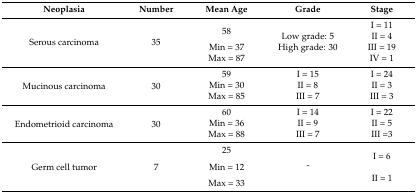
| Neoplasia | Number | Mean Age | Grade | Stage |
 | --- | --- | --- | --- | --- |
 | <ROWSPAN=4> Serous carcinoma | <ROWSPAN=4> 35 | <ROWSPAN=2> 58 | <ROWSPAN=4> Low grade: 5 High grade: 30 | I = 11 |
 | II = 4 |
 | Min = 37 | III = 19 |
 | Max = 87 | IV = 1 |
 | <ROWSPAN=3> Mucinous carcinoma | <ROWSPAN=3> 30 | 59 | I = 15 | I = 24 |
 | Min = 30 | II = 8 | II = 3 |
 | Max = 85 | III = 7 | III = 3 |
 | <ROWSPAN=3> Endometrioid carcinoma | <ROWSPAN=3> 30 | 60 | I = 14 | I = 22 |
 | Min = 36 | II = 9 | II = 5 |
 | Max = 88 | III = 7 | III =3 |
 | <ROWSPAN=4> Germ cell tumor | <ROWSPAN=4> 7 | 25 | <ROWSPAN=4> - | <ROWSPAN=2> I = 6 |
 | <ROWSPAN=2> Min = 12 |
 | <ROWSPAN=2> II = 1 |
 | Max = 33 |